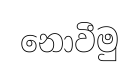
නොවීමු